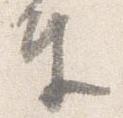
奉